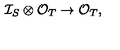
\mathcal { I } _ { S } \otimes \mathcal { O } _ { T } \to \mathcal { O } _ { T } ,